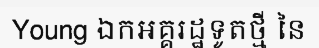
Young ឯកអគ្គរដ្ឋទូតថ្មី នៃ